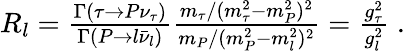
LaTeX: \begin{array}{r}{R_{l}={\frac{\Gamma(\tau\to P\nu_{\tau})}{\Gamma(P\to l\bar{\nu}_{l})}}{\frac{m_{\tau}/(m_{\tau}^{2}-m_{P}^{2})^{2}}{m_{P}/(m_{P}^{2}-m_{l}^{2})^{2}}}={\frac{g_{\tau}^{2}}{g_{l}^{2}}}\; .}\end{array}